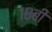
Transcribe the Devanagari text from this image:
१८बी